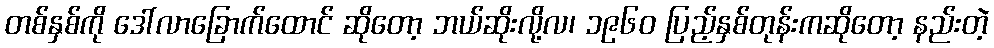
တစ်နှစ်ကို ဒေါ်လာခြောက်ထောင် ဆိုတော့ ဘယ်ဆိုးလို့လ၊ ၁၉၆၀ ပြည့်နှစ်တုန်းကဆိုတော့ နည်းတဲ့